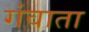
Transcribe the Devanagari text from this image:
गंवाता